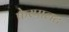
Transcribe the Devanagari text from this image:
फेरपालट